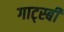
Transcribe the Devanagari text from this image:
गाट्स्बी